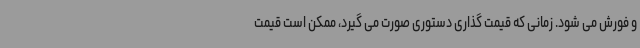
و فورش می شود. زمانی که قیمت گذاری دستوری صورت می گیرد، ممکن است قیمت